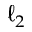
\ell _ { 2 }